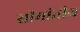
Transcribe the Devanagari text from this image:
सीमांतीय